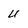
Character: U